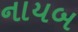
નાયબ